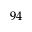
\boldsymbol { 9 4 }